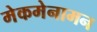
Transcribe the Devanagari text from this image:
मेकमेनामन